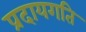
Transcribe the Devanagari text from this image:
प्रदायगति